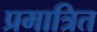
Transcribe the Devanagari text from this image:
प्रमात्रित